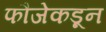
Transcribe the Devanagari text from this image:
फौजेकडून